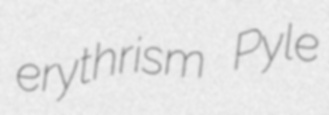
erythrism Pyle